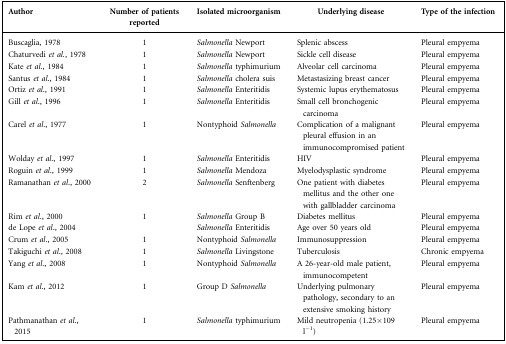
| Author | Number of patients reported | Isolated microorganism | Underlying disease | Type of the infection |
 | --- | --- | --- | --- | --- |
 | Buscaglia, 1978 | 1 | Salmonella Newport | Splenic abscess | Pleural empyema |
 | Chaturvedi et al., 1978 | 1 | Salmonella Newport | Sickle cell disease | Pleural empyema |
 | Kate et al., 1984 | 1 | Salmonella typhimurium | Alveolar cell carcinoma | Pleural empyema |
 | Santus et al., 1984 | 1 | Salmonella cholera suis | Metastasizing breast cancer | Pleural empyema |
 | Ortiz et al., 1991 | 1 | Salmonella Enteritidis | Systemic lupus erythematosus | Pleural empyema |
 | Gill et al., 1996 | 1 | Salmonella Enteritidis | Small cell bronchogenic carcinoma | Pleural empyema |
 | Carel et al., 1977 | 1 | Nontyphoid Salmonella | Complication of a malignant pleural effusion in an immunocompromised patient | Pleural empyema |
 | Wolday et al., 1997 | 1 | Salmonella Enteritidis | HIV | Pleural empyema |
 | Roguin et al., 1999 | 1 | Salmonella Mendoza | Myelodysplastic syndrome | Pleural empyema |
 | Ramanathan et al., 2000 | 2 | Salmonella Senftenberg | One patient with diabetes mellitus and the other one with gallbladder carcinoma | Pleural empyema |
 | Rim et al., 2000 | 1 | Salmonella Group B | Diabetes mellitus | Pleural empyema |
 | de Lope et al., 2004 |  | Salmonella Enteritidis | Age over 50 years old | Pleural empyema |
 | Crum et al., 2005 | 1 | Nontyphoid Salmonella | Immunosuppression | Pleural empyema |
 | Takiguchi et al., 2008 | 1 | Salmonella Livingstone | Tuberculosis | Chronic empyema |
 | Yang et al., 2008 | 1 | Nontyphoid Salmonella | A 26-year-old male patient, immunocompetent | Pleural empyema |
 | Kam et al., 2012 | 1 | Group D Salmonella | Underlying pulmonary pathology, secondary to an extensive smoking history | Pleural empyema |
 | Pathmanathan et al., 2015 | 1 | Salmonella typhimurium | Mild neutropenia (1.25×109 l−1) | Pleural empyema |